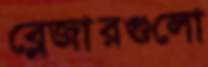
ব্লেজারগুলো